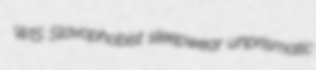
WIS Slavophobist sleepwear unprismatic